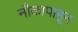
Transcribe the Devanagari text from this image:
नौकापाहून